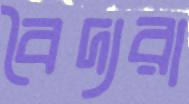
বৈদ্যরা